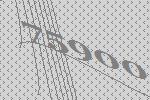
75900